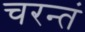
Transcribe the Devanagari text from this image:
चरन्तं